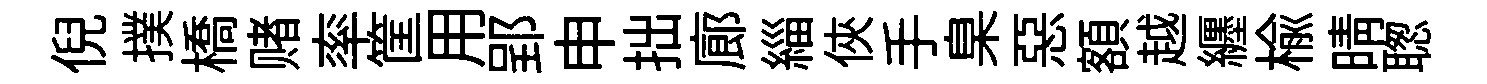
倪撲橋赌率筐用郢申拙廊緇俠手臬惡額越纒楡晴聦